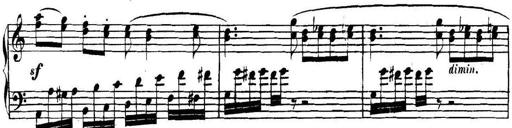
Title: Collected Piano Sonatas
Composer: Muzio Clementi